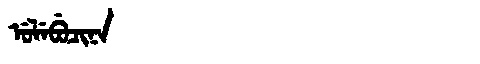
Manchu: ᡠᠯᡝᠪᡠᠴᡳᠨᠠ
Romanization: ULEBUCINA